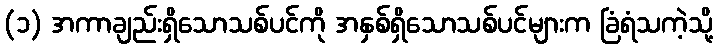
(၁) အကာချည်းရှိသောသစ်ပင်ကို အနှစ်ရှိသောသစ်ပင်များက ခြံရံသကဲ့သို့